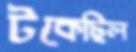
টকেছিল